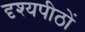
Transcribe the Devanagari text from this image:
दृश्यपीठों